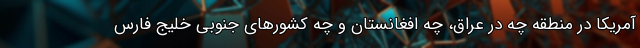
آمریکا در منطقه چه در عراق، چه افغانستان و چه کشورهای جنوبی خلیج فارس